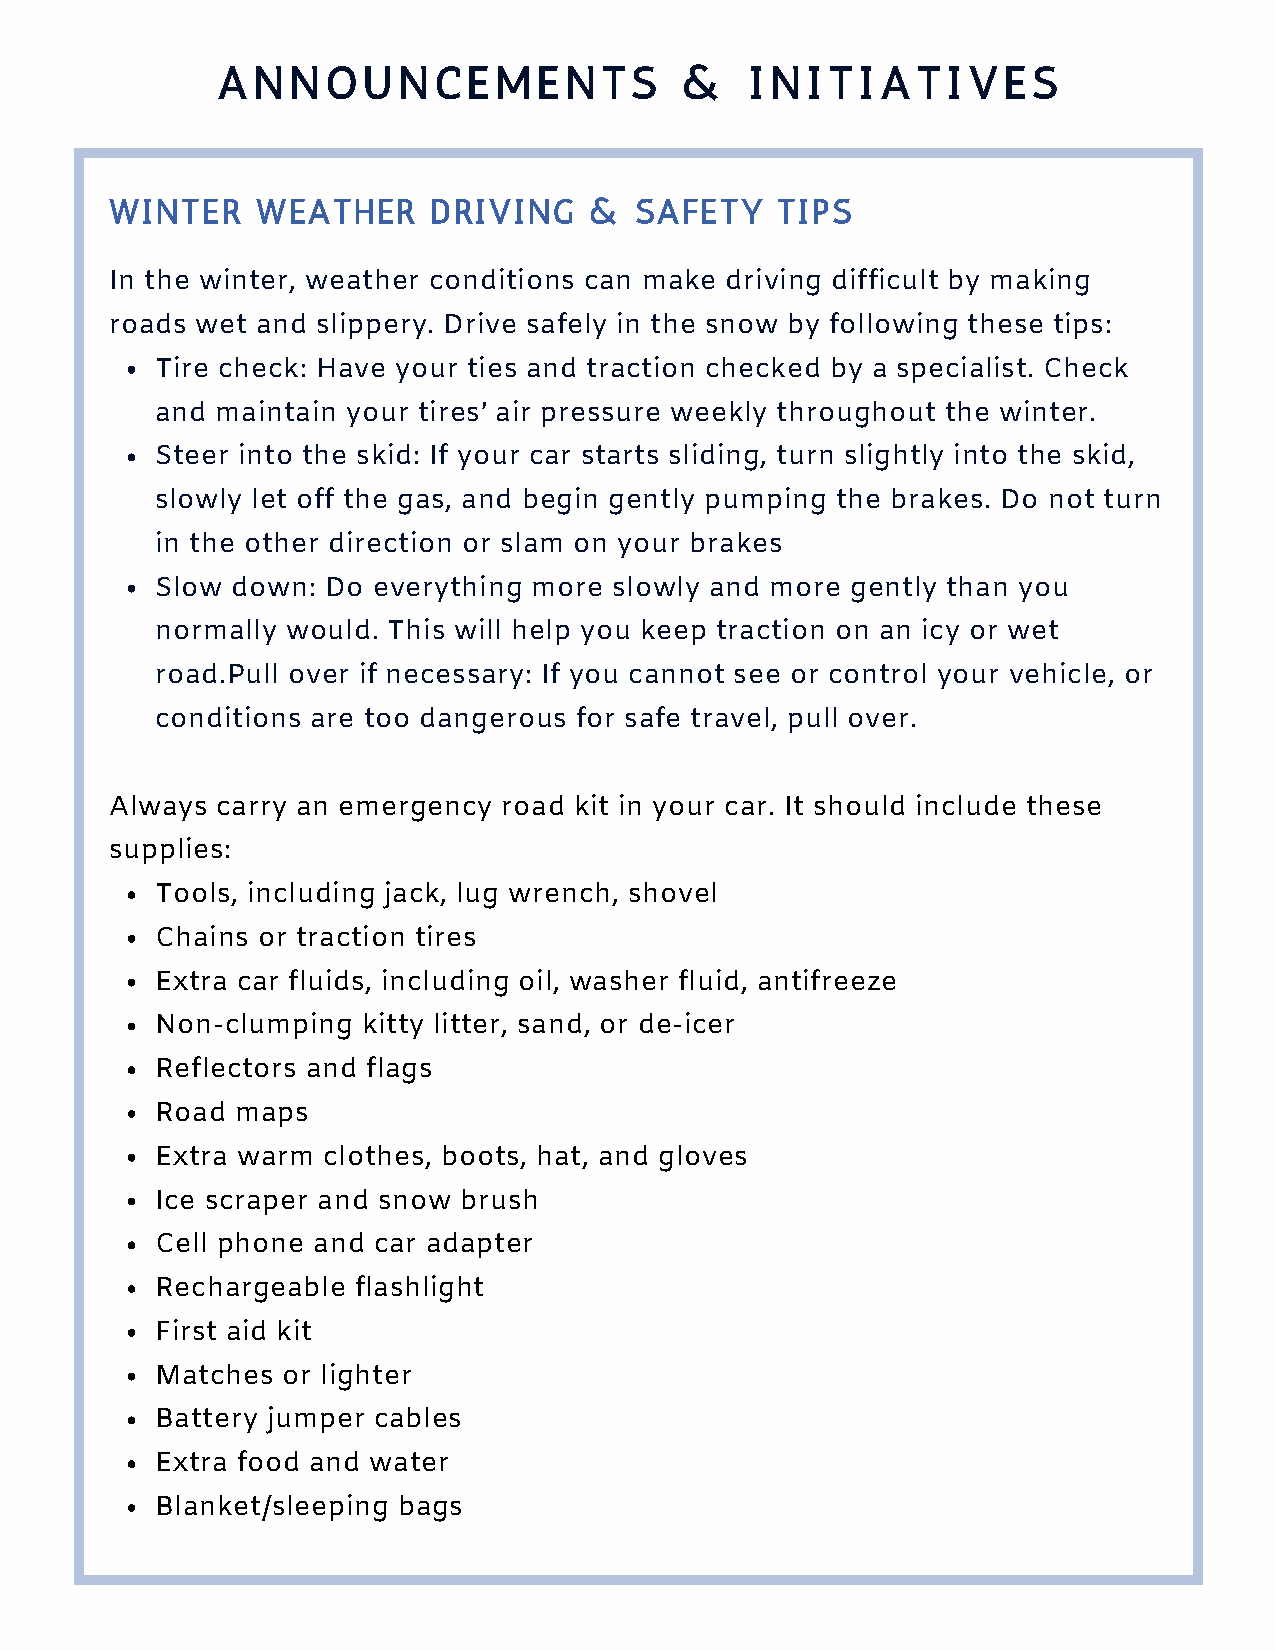
A  N N  O U N  C E M  E N T S  &    I N I T I A T I V E S
 WINTER    WEATHER    DRIVING    &  SAFETY   TIPS
 In the winter, weather conditions can make driving difficult by making
 roads wet and slippery. Drive safely in the snow by following these tips:
 Tire check: Have your ties and traction checked by a specialist. Check
 and maintain your tires’ air pressure weekly throughout the winter.
 Steer into the skid: If your car starts sliding, turn slightly into the skid,
 slowly let off the gas, and begin gently pumping the brakes. Do not turn
 in the other direction or slam on your brakes
 Slow down:  Do everything more slowly and more gently than you
 normally would. This will help you keep traction on an icy or wet
 road.Pull over if necessary: If you cannot see or control your vehicle, or
 conditions are too dangerous for safe travel, pull over.
 Always carry an emergency road kit in your car. It should include these
 supplies:
 Tools, including jack, lug wrench, shovel
 Chains or traction tires
 Extra car fluids, including oil, washer fluid, antifreeze
 Non-clumping  kitty litter, sand, or de-icer
 Reflectors and flags
 Road  maps
 Extra warm clothes, boots, hat, and gloves
 Ice scraper and snow brush
 Cell phone and car adapter
 Rechargeable flashlight
 First aid kit
 Matches  or lighter
 Battery jumper cables
 Extra food and water
 Blanket/sleeping bags